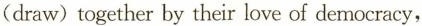
(draw)together by their love of democracy.